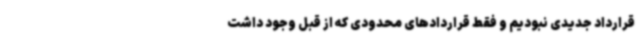
قرارداد جدیدی نبودیم و فقط قراردادهای محدودی که از قبل وجود داشت